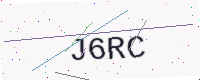
Text: J6RC